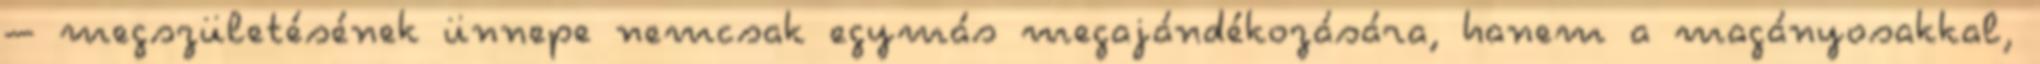
– megszületésének ünnepe nemcsak egymás megajándékozására, hanem a magányosakkal,